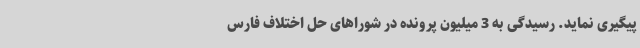
پیگیری نماید. رسیدگی به 3 میلیون پرونده در شوراهای حل اختلاف فارس